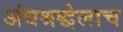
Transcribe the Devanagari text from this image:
अंधश्रद्धेलाच